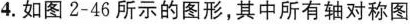
4. 如图2-46所示的图形，其中所有轴对称图